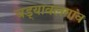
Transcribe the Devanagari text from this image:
चड्यावलगांव